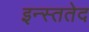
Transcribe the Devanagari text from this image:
इन्स्ततेद